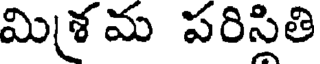
మిశ్రమ పరిసితి